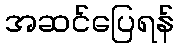
အဆင်ပြေရန်